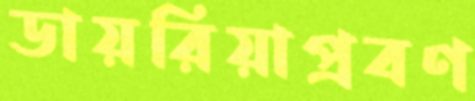
ডায়রিয়াপ্রবণ